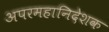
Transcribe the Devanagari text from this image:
अपरमहानिदेशक